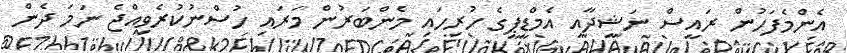
އެންމެފަހުން ރައީސް ނަޝީދާއި އެމްޑީޕީގެ ހުރިހައި މެންބަރުން މަރައި ހުސްނުކުރެވިއްޖެ ނަމަ ދެން